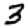
Digit: 3